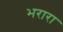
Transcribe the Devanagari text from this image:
भरारा